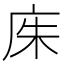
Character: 𫷨